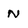
Character: N